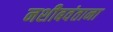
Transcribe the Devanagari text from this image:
नशीबवंताना